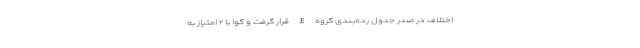
اختلاف در صدر جدول رده‌بندی گروه E قرار گرفت و گوا با ۲ امتیاز به